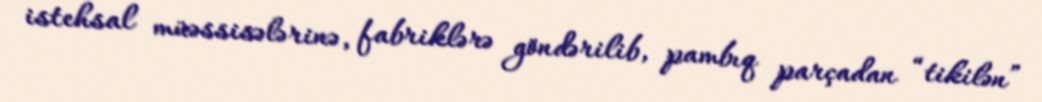
istehsal müəssisələrinə, fabriklərə göndərilib, pambıq parçadan “tikilən”